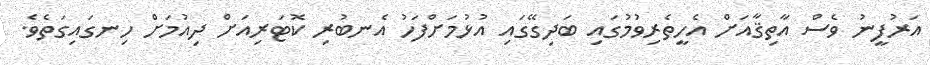
އަރުފީނު ވެސް އާތިޤާއަށް އެހީތެރިވުމުގައި ބަދިގޭގައި އުޅުމަށްފަހު އެނބުރި ކޮޓަރިއަށް ދިއުމަށް ހިނގައިގަތެވެ.